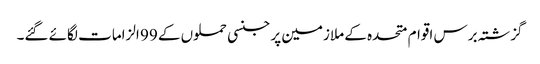
گزشتہ برس اقوام متحدہ کے ملازمین پر جنسی حملوں کے 99 الزامات لگائے گئے۔